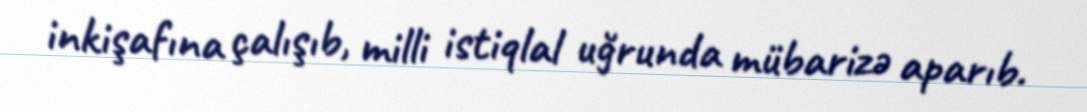
inkişafına çalışıb, milli istiqlal uğrunda mübarizə aparıb.